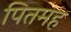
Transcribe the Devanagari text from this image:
पितमह